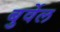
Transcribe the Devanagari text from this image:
बुर्वेल